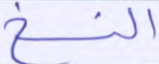
النسخ